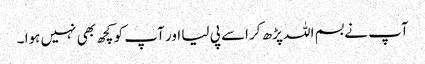
آپ نے بسم اللہ پڑھ کر اسے پی لیا اور آپ کو کچھ بھی نہیں ہوا ۔